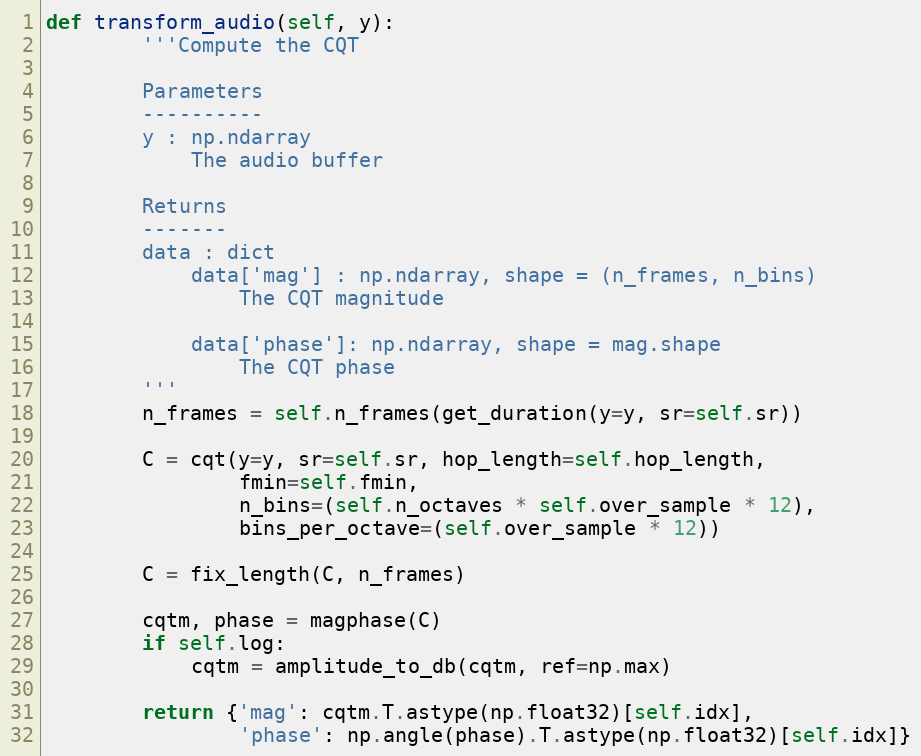
Language: Python
def transform_audio(self, y):
        '''Compute the CQT

        Parameters
        ----------
        y : np.ndarray
            The audio buffer

        Returns
        -------
        data : dict
            data['mag'] : np.ndarray, shape = (n_frames, n_bins)
                The CQT magnitude

            data['phase']: np.ndarray, shape = mag.shape
                The CQT phase
        '''
        n_frames = self.n_frames(get_duration(y=y, sr=self.sr))

        C = cqt(y=y, sr=self.sr, hop_length=self.hop_length,
                fmin=self.fmin,
                n_bins=(self.n_octaves * self.over_sample * 12),
                bins_per_octave=(self.over_sample * 12))

        C = fix_length(C, n_frames)

        cqtm, phase = magphase(C)
        if self.log:
            cqtm = amplitude_to_db(cqtm, ref=np.max)

        return {'mag': cqtm.T.astype(np.float32)[self.idx],
                'phase': np.angle(phase).T.astype(np.float32)[self.idx]}